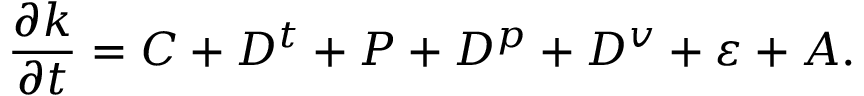
\frac { \partial k } { \partial t } = C + D ^ { t } + P + D ^ { p } + D ^ { v } + \varepsilon + A .